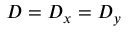
D = D _ { x } = D _ { y }